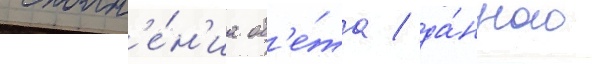
исполн'е́н'иа об'е́та / да́нного